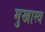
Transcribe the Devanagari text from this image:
मुखास्त्र